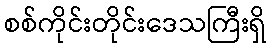
စစ်ကိုင်းတိုင်းဒေသကြီးရှိ